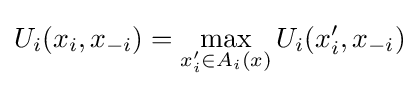
U_{i}(x_{i},x_{-i})=\max _{x_{i}'\in A_{i}(x)}U_{i}(x_{i}',x_{-i})